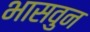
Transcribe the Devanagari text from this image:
भासवुन